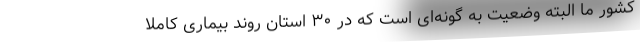
کشور ما البته وضعیت به گونه‌ای است که در ۳۰ استان روند بیماری کاملا